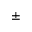
\pm